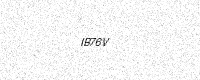
Text: IB76V